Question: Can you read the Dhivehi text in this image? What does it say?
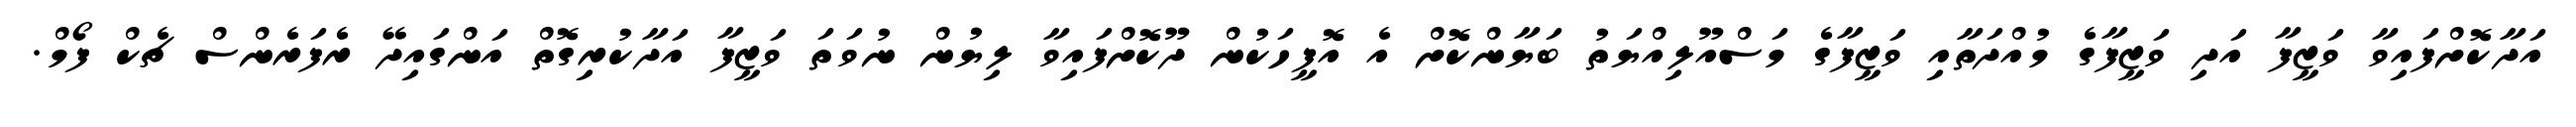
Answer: އަދާކޮށްފައިވާ ވަޒީފާ އަދި ވަޒީފާގެ މުއްދަތާއި ވަޒީފާގެ މަސްއޫލިއްޔަތު ބަޔާންކޮށް އެ އޮފީހަކުން ދޫކޮށްފައިވާ ލިޔުން ނުވަތަ ވަޒީފާ އަދާކުރިގޮތް އަންގައިދޭ ރެފަރެންސް ޗެކް ފޯމް.